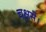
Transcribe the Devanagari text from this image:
चक्षसे।